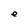
Character: e